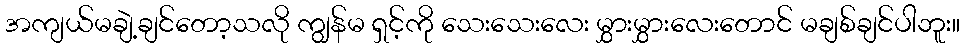
အကျယ်မချဲ့ချင်တော့သလို ကျွန်မ ရှင့်ကို သေးသေးလေး မွှားမွှားလေးတောင် မချစ်ချင်ပါဘူး။